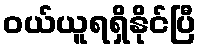
ဝယ်ယူရရှိနိုင်ပြီ